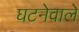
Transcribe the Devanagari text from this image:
घटनेवाले